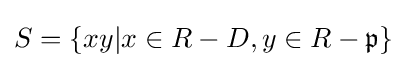
S=\{xy|x\in R-D,y\in R-{\mathfrak {p}}\}